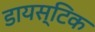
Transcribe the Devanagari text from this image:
डायस्टिक